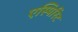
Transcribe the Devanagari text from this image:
एस्पिरिट